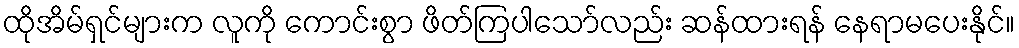
ထိုအိမ်ရှင်များက လူကို ကောင်းစွာ ဖိတ်ကြပါသော်လည်း ဆန်ထားရန် နေရာမပေးနိုင်။